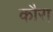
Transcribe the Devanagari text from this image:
कौरा